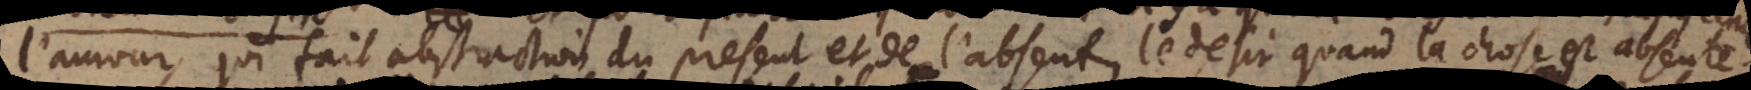
l’amour, qui fait abstraction du present et de l’absent; le desir quand la chose est absente;